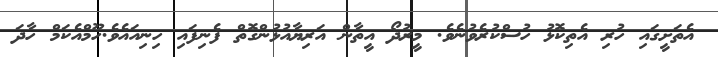
އެތަށީގައި ހުރި އެތިކޮޅު ހުސްކުރެވުނެވެ. މީރުދޯ އީތާން އަރިޔާއުޅުންގޮތް ފެނިފައި ހިނިއައެވެ.ހޫމްއެކަމް ހާދަ